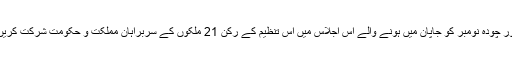
تیرہ اور چودہ نومبر کو جاپان میں ہونے والے اس اجلاس میں اس تنظیم کے رکن 21 ملکوں کے سربراہان مملکت و حکومت شرکت کریں گے۔